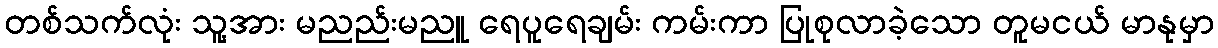
တစ်သက်လုံး သူ့အား မညည်းမညူ ရေပူရေချမ်း ကမ်းကာ ပြုစုလာခဲ့သော တူမငယ် မာနုမှာ